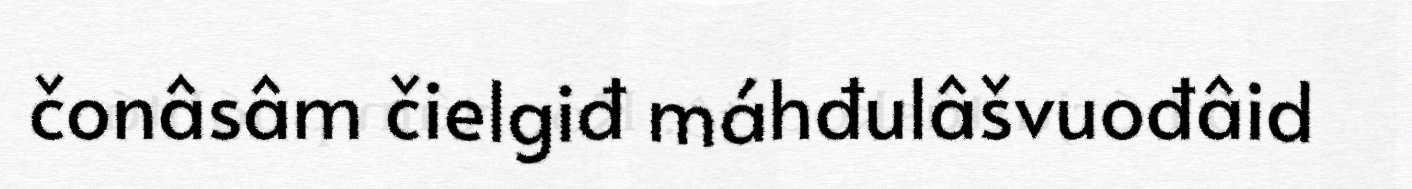
čonâsâm čielgiđ máhđulâšvuođâid